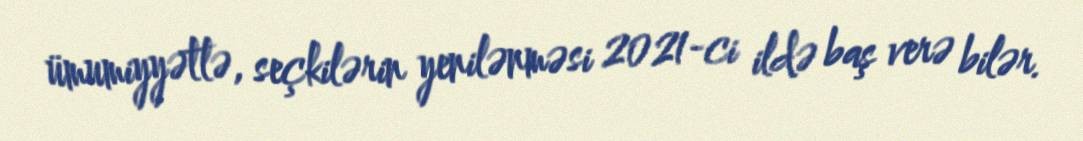
ümumiyyətlə, seçkilərin yenilənməsi 2021-ci ildə baş verə bilər.